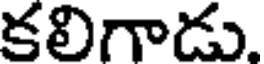
కలిగాడు.